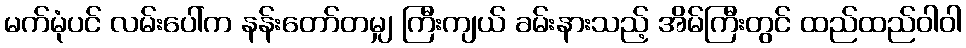
မက်မုံပင် လမ်းပေါ်က နန်းတော်တမျှ ကြီးကျယ် ခမ်းနားသည့် အိမ်ကြီးတွင် ထည်ထည်ဝါဝါ